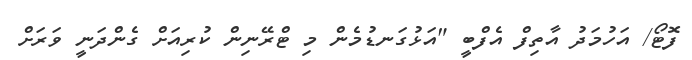
ފޮޓޯ/ އަހުމަދު އާތިފް އެފްބީ "އަޅުގަނޑުމެން މި ޓްރޭނިން ކުރިއަށް ގެންދަނީ ވަރަށް